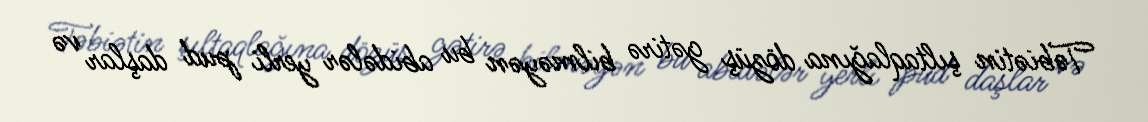
Təbiətin şıltaqlağına dözüş gətirə bilməyən bu abidələr yerli pud daşlar və